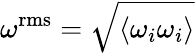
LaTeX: \omega^{\mathrm{{rms}}}=\sqrt{\left\langle{{\omega_{i}}{\omega_{i}}}\right\rangle}